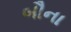
બૌના